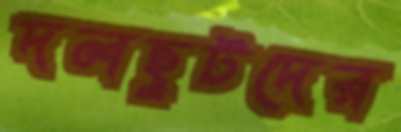
দলছুটদের